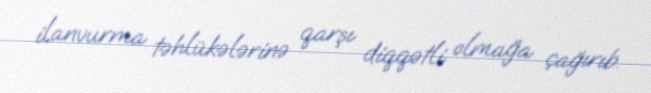
ilanvurma təhlükələrinə qarşı diqqətli olmağa çağırıb.